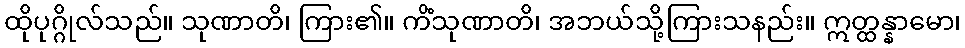
ထိုပုဂ္ဂိုလ်သည်။ သုဏာတိ၊ ကြား၏။ ကိံသုဏာတိ၊ အဘယ်သို့ကြားသနည်း။ ဣတ္ထန္နာမော၊